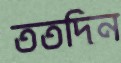
ততদিন